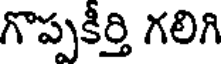
గొప్పకీర్తి గలిగి